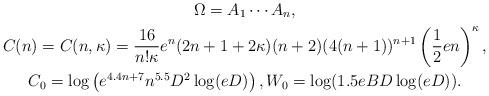
LaTeX: \begin{gather*}\Omega=A_1\cdots A_n, \\C(n)=C(n,\kappa)= \frac {16}{n! \kappa} e^n (2n +1+2 \kappa)(n+2)(4(n+1))^{n+1} \left( \frac 12 en\right)^{\kappa}, \\C_0= \log\left(e^{4.4n+7}n^{5.5}D^2 \log(eD)\right), W_0=\log(1.5eBD \log(eD)).\end{gather*}